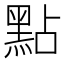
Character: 點